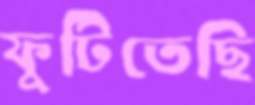
ফুটিতেছি